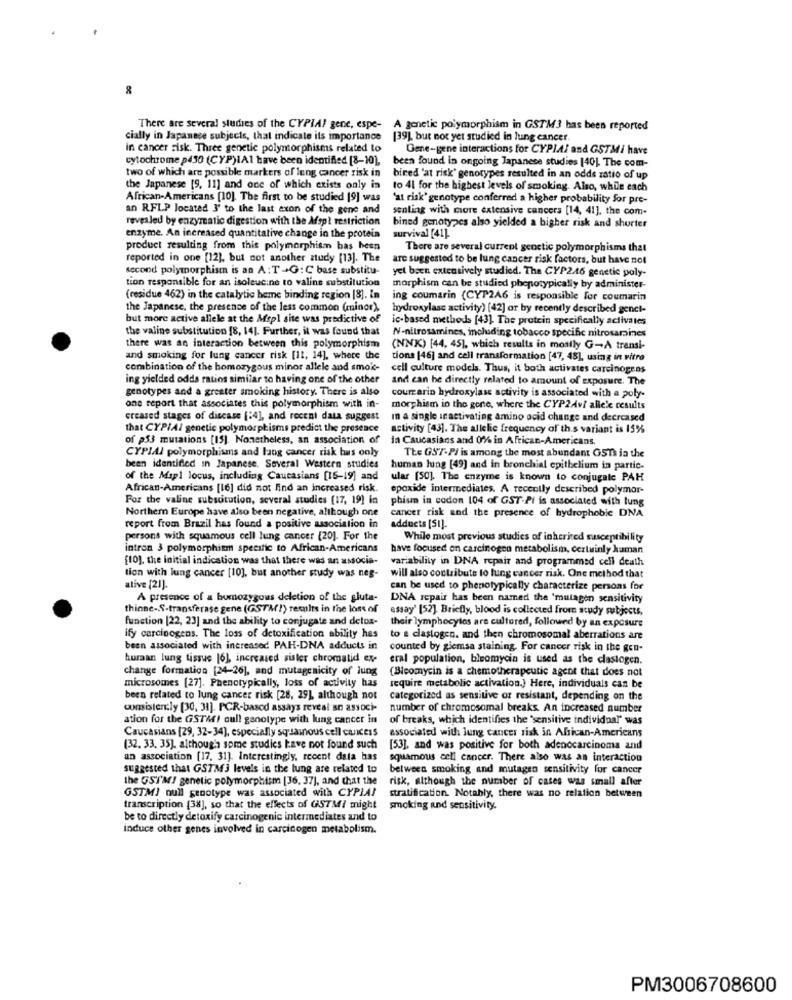
There are several studies of the CYPIA! gene, espe- A genetic polymorphism in GSTM3 has been reported
cially in Japanese subjects, that indicate its importance
139), but not yet studied in lung cancer.
in cancer risk. Three genetic polymorphisms related to
Gene-gene interactions for CYPLAI and GSTMi have
cytochrome p430 (CYP)IAl have been identified [8-10),
been found in ongoing Japanese studies [40] The com-
two of which are possible markers of lung cancer risk in
bired 'at risk" genotypes resulted in an odds ratio of up
the Japanese [9, 11] and one of which exists only in
to 41 for the highest levels of smoking. Also, while each
African-Americans [10]. The first to be studied [9] was
'at risk' genotype conferred a higher probability for pre-
an RFLP located 3' to the last exon of the gene and
sealing with more extensive cancers [14, 41], the com-
revealed by enzymatic digestion with the Msp? restriction
bined genotypes also yielded a bigher risk and shorter
enzyme. An increased quantitative change in the protein
survival [41]
product resulting from this polymorphismn has been
There are several current genetic polymorphisms that
reported in one [12], but not another study [13]. The
are suggested to be lung cancer risk factors, but have not
second polymorphism is an A: T +G: C base substitu-
yet been extensively studied. The CYP2.46 genetic poly
tion responsible for an isoleucine to valine substitution
morphism can be studied phenotypically by administer-
(residue 462) in the catalytic heme binding region [8]. In
ing coumarin (CYP2A6 is responsible for coumarin
the Japanese, the presence of the less common (minor).
hydroxylase activity) [42] or by recently described genet-
but more active allele at the Aspl site was predictive of
ic-based methods [43). The protein specifically activates
the valine substitution [8, 14]. Further, it was found that
N-nitrosamines, including tobacco specific nitrosamaines
there was an interaction between this polymorphism
(NNK) [44, 45], which results in mostly G-A transi-
and smoking for lung cancer risk [11, 14], where the
tions [46] and cell transformation [47, 48], using in vitro
combination of the homozygous minor allele and smoke-
cell culture models. Thus, it both activates carcinogens
ing yielded odds ratios similar to having one of the other
and can be directly related to amount of exposure. The
genotypes and a greater smoking history. There is also
courcarin hydroxylase activity is associated with a poly-
one report that associates this polymorphism with in-
morphism in the gone, where the CYP2Av/ allele results
creased stages of disease (:4], and recent data suggest
In a single inactivating amino acid change and decreased
that CYPIAl genetic polymorphisms predict the presence
activity [43]. The allelic frequency of this variant is 15%
of p53 mutations [15]. Nonetheless, an association of
da Caucasians and 0% in African-Americans.
CYPIAI polymorphisms and lung cancer risk has only
The GST.Pl is among the most abundant G5Ts in the
been identified in Japanese. Several Western studies
human lung [49] and in bronchial epithelium in partic-
of the Mapl locus, including Caucasians [15-19] and
ular [50]. The enzyme is known to conjugale PAH
African-Americans [16] did not find an increased risk.
epoxide intermediates. A recently described polymor-
For the valine substitution, several studies [17, 19] in
phism in codon 104 of GST-Pi is associated with lung
Northern Europe have also been negative, although one
cancer risk and the presence of hydrophobic DNA
report from Brazil has found a positive association in
adducts [SI].
persons with squamous cell lung cancer [20]. For the
While most previous studies of inherited susceptibility
intren 3 polymorphism specific to African-Americans
have focused on carcinogen metabolism, certainly human
[10], the initial indication was that there was an associa-
variability in DNA repair and programmed cell death
tion with lung cancer [10], but another study was neg-
will also coctribute to lung cancer risk. One method that
ative [21].
can be used to phenotypically characterize persons for
A presence of a homozygous deletion of the gluta-
DNA repair has been named the 'mulagen sensitivity
thinne-S-transferase gene (GSTM !) results in the loss of
essay' [52]. Briefly, blood is collected from study subjects,
function [22, 23] and the ability to conjugate and detox-
their lymphocytes are cultured, followed by an exposure
ify carcinogens. The loss of detoxification ability hes
to a clastogen. and then chromosomal aberrations are
been associated with increased PAH-DNA adducts in
counted by giemsa staining. For cancer risk in the gen-
human lung tissue [6], increased siler chromatid ex
eral population, bleomycin is used as the clastogen.
change formation [24-26), and mutagenicity of lung
(Bleomycin is a chemotherapeutic agent that does not
microsomes [27]. Phenotypically, loss of activity has
require metabolic activation.) Here, individuals can be
been related to lung cancer risk [28, 29], although not
categorized as sensitive or resistant, depending on the
consistently [30, 31]. PCR-based assays reveal an associ-
number of chromosomal breaks. An increased number
ation for the GSTMI cull ganotype with lung cancer in
of breaks, which identifies the 'sensitive individual" was
Caucasians [29, 32-34), especially squamous cell cancess
associated with lung cancer risk in African-Americans
(32. 33. 35]. although some studies have not found such
[53], and was positive for both adenocarcinoma and
an association [17, 31). Interestingly, recent data has
squamous cell cancer. There also was an interaction
suggested that GSTM3 levels in the lung are related to
between smoking and mutagen sensitivity for cancer
the GSI'M! genetic polymorphism [36, 37], and that the
risk, although the number of cases was small after
GSTMJ null genotype was associated with CYPIA?
stratification. Notably, there was no relation between
transcription (38], so that the effects of GSTM/ might
smoking and sensitivity.
be to directly detoxify carcinogenic intermediates and to
induce other genes involved in carcinogen metabolism.
PM3006708600